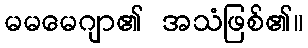
မမမေဂျာ၏ အသံဖြစ်၏။